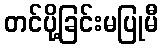
တင်ပို့ခြင်းမပြုမီ